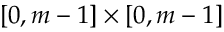
[ 0 , m - 1 ] \times [ 0 , m - 1 ]